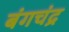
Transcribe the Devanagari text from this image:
बंगचंद्र